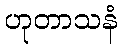
ဟုတာသနံ